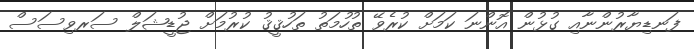
ފަނޑިޔާރުންނާއި ގުޅުން އޮންނަ ކަމަށް ކުރެވޭ ތުހުމަތު ތަހުޤީޤު ކުރުމަށް ޖުޑީޝަލް ސަރވިސަސް